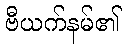
ဗီယက်နမ်၏